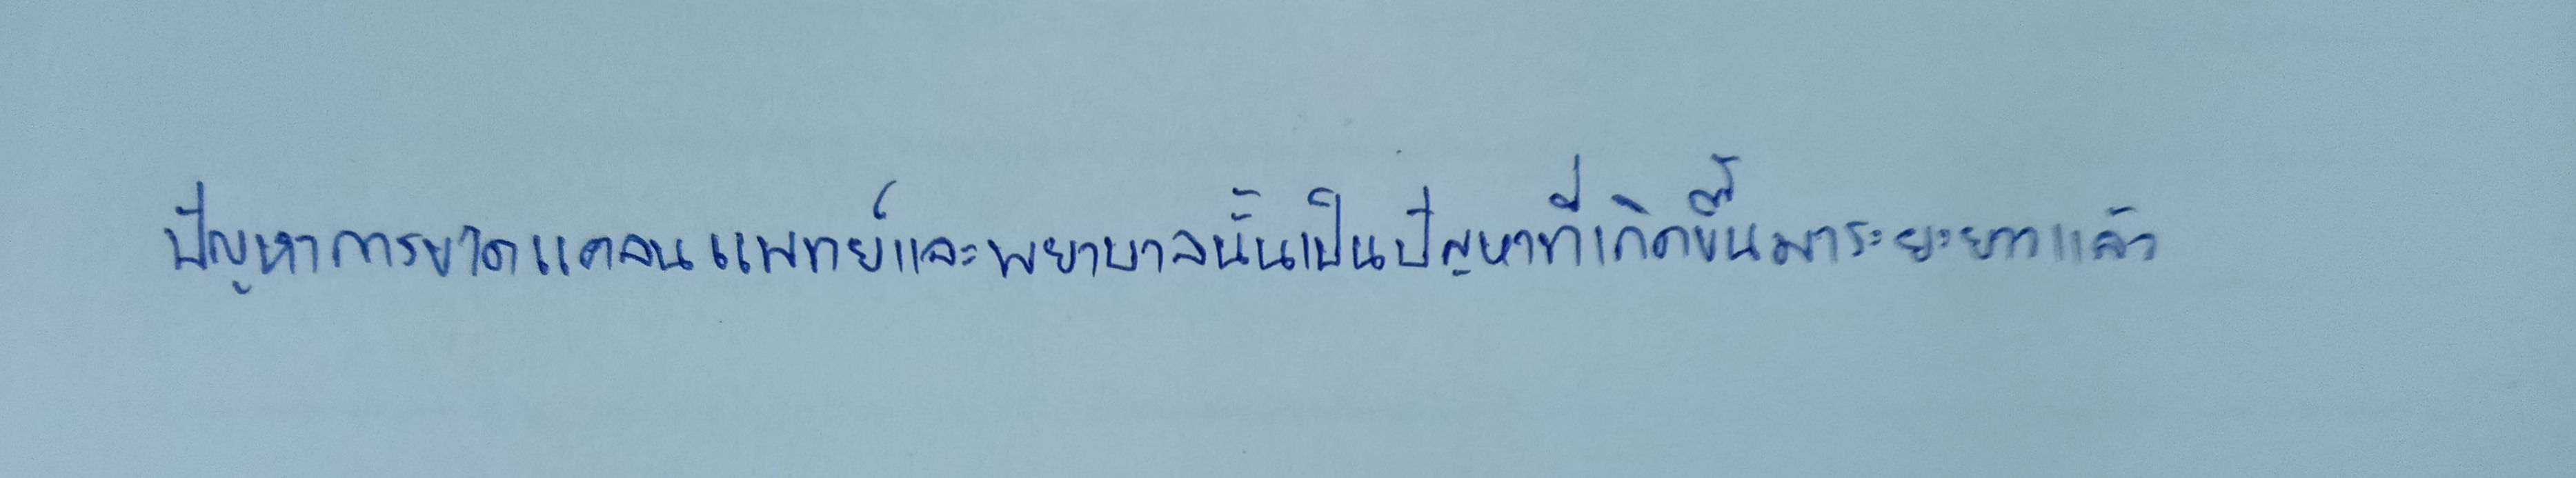
ปัญหาการขาดแคลนแพทย์และพยาบาลนั้นเป็นปัญหาที่เกิดขึ้นมาระยะยาวแล้ว